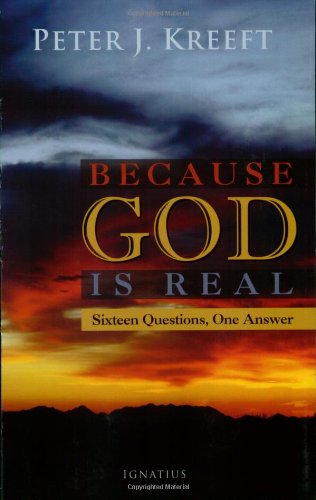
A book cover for Because God is Real: Sixteen Questions, One Answer; Peter Kreeft; Religion & Spirituality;